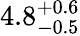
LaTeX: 4.8_{-0.5}^{+0.6}